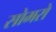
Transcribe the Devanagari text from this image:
सोमरो